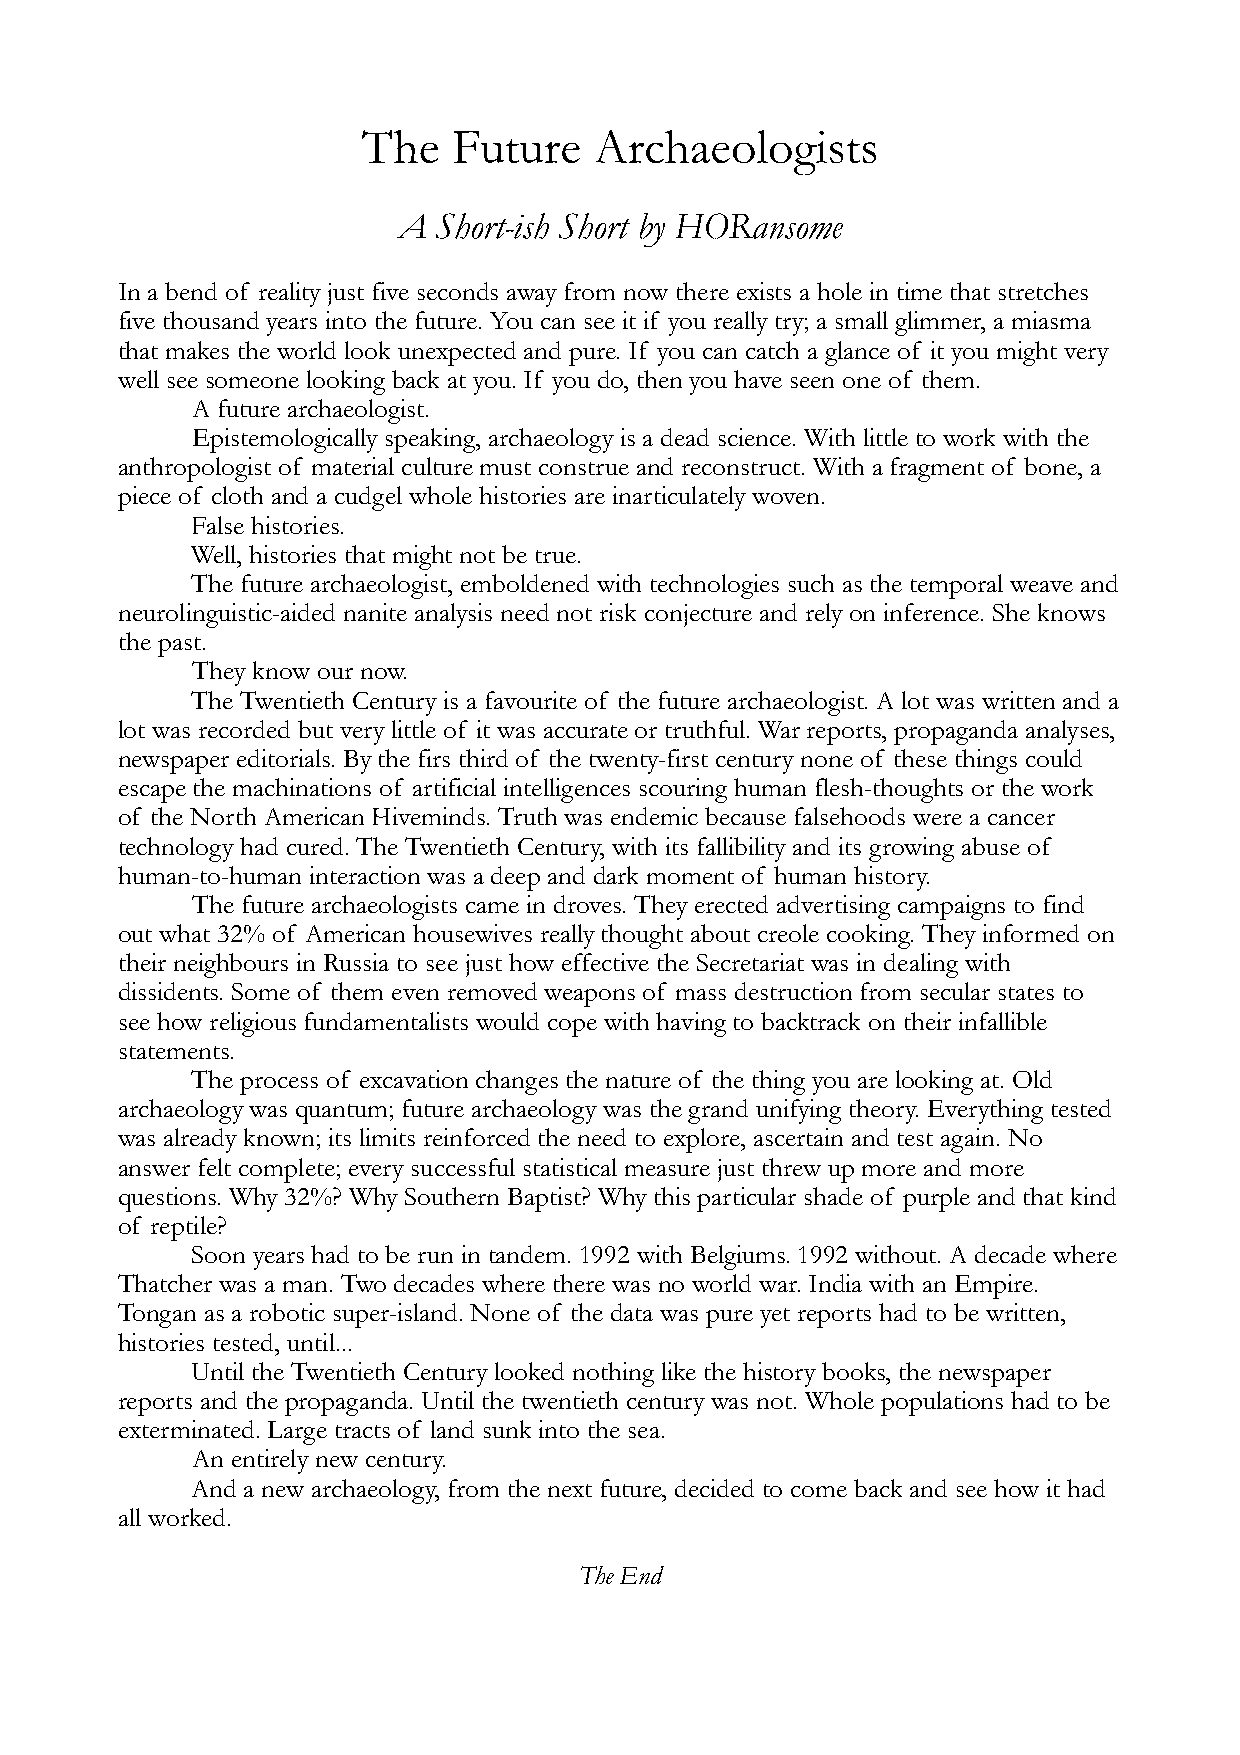
The   Future   Archaeologists
 A  Short-ish Short by HORansome
 In a bend of reality just five seconds away from now there exists a hole in time that stretches
 five thousand years into the future. You can see it if you really try; a small glimmer, a miasma
 that makes the world look unexpected and pure. If you can catch a glance of it you might very
 well see someone looking back at you. If you do, then you have seen one of them.
 A future archaeologist.
 Epistemologically speaking, archaeology is a dead science. With little to work with the
 anthropologist of material culture must construe and reconstruct. With a fragment of bone, a
 piece of cloth and a cudgel whole histories are inarticulately woven.
 False histories.
 Well, histories that might not be true.
 The future archaeologist, emboldened with technologies such as the temporal weave and
 neurolinguistic-aided nanite analysis need not risk conjecture and rely on inference. She knows
 the past.
 They know our now.
 The Twentieth Century is a favourite of the future archaeologist. A lot was written and a
 lot was recorded but very little of it was accurate or truthful. War reports, propaganda analyses,
 newspaper editorials. By the firs third of the twenty-first century none of these things could
 escape the machinations of artificial intelligences scouring human flesh-thoughts or the work
 of the North American Hiveminds. Truth was endemic because falsehoods were a cancer
 technology had cured. The Twentieth Century, with its fallibility and its growing abuse of
 human-to-human interaction was a deep and dark moment of human history.
 The future archaeologists came in droves. They erected advertising campaigns to find
 out what 32% of American housewives really thought about creole cooking. They informed on
 their neighbours in Russia to see just how effective the Secretariat was in dealing with
 dissidents. Some of them even removed weapons of mass destruction from secular states to
 see how religious fundamentalists would cope with having to backtrack on their infallible
 statements.
 The process of excavation changes the nature of the thing you are looking at. Old
 archaeology was quantum; future archaeology was the grand unifying theory. Everything tested
 was already known; its limits reinforced the need to explore, ascertain and test again. No
 answer felt complete; every successful statistical measure just threw up more and more
 questions. Why 32%? Why Southern Baptist? Why this particular shade of purple and that kind
 of reptile?
 Soon years had to be run in tandem. 1992 with Belgiums. 1992 without. A decade where
 Thatcher was a man. Two decades where there was no world war. India with an Empire.
 Tongan as a robotic super-island. None of the data was pure yet reports had to be written,
 histories tested, until...
 Until the Twentieth Century looked nothing like the history books, the newspaper
 reports and the propaganda. Until the twentieth century was not. Whole populations had to be
 exterminated. Large tracts of land sunk into the sea.
 An entirely new century.
 And a new archaeology, from the next future, decided to come back and see how it had
 all worked.
 The End